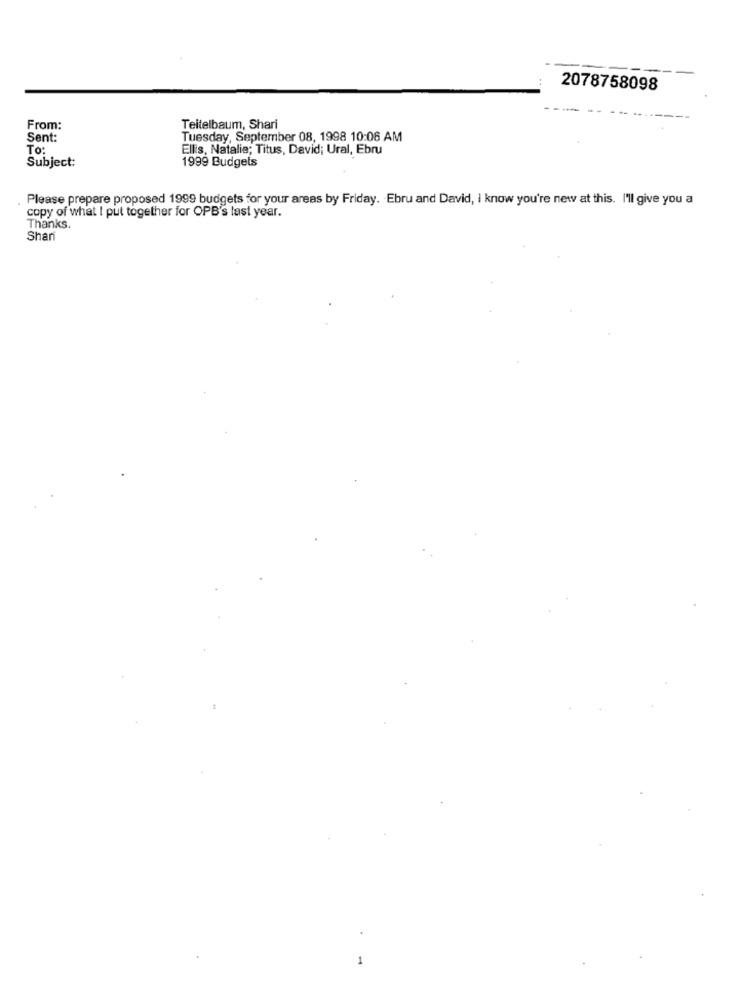
2078758098
From:
Teitelbaum, Shari
Sent:
Tuesday, September 08, 1998 10:06 AM
To:
Ellis, Natalie; Titus, David; Ural, Ebru
Subject:
1999 Budgets
Please prepare proposed 1999 budgets for your areas by Friday. Ebru and David, I know you're new at this. I'll give you a
copy of what I put together for OPB's last year.
Thanks.
Shan